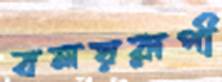
বলয়রূপী